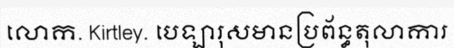
លោក. Kirtley. បេឡារុសមានប្រព័ន្ធតុលាការ